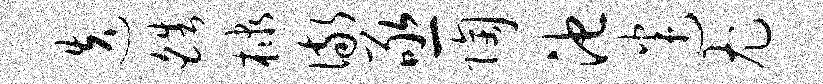
迭皓棣儆亟陶池迷尤